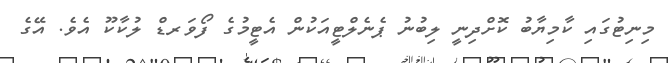
މިނިޓުގައި ކާމިޔާބު ކޮށްދިނީ ލިބުނު ޕެނެލްޓީއަކުން އެޓީމުގެ ފޯވަރޑް ލުކާކޫ އެވެ. އޭގެ